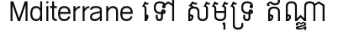
Mditerrane ទៅ សមុទ្រ ឥណ្ឌា